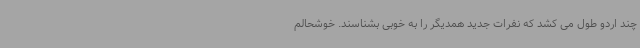
چند اردو طول می کشد که نفرات جدید همدیگر را به خوبی بشناسند. خوشحالم